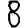
Digit: 8